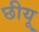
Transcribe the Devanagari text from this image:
छीयू